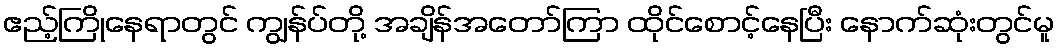
ဧည့်ကြိုနေရာတွင် ကျွန်ပ်တို့ အချိန်အတော်ကြာ ထိုင်စောင့်နေပြီး နောက်ဆုံးတွင်မူ